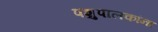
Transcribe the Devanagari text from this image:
पशुपालकांना